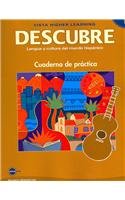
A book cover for Descubre: Lengua y cultura del mundo hispÃ¡nico, Level 1, Media Edition; Jose A. Blanco; Teen & Young Adult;